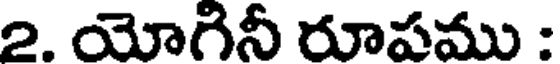
2. యోగినీ రూపము :